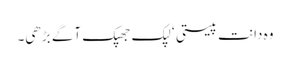
وہ دانت پیستی ‘ لپک جھپک آگے بڑھی۔